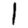
Digit: 1